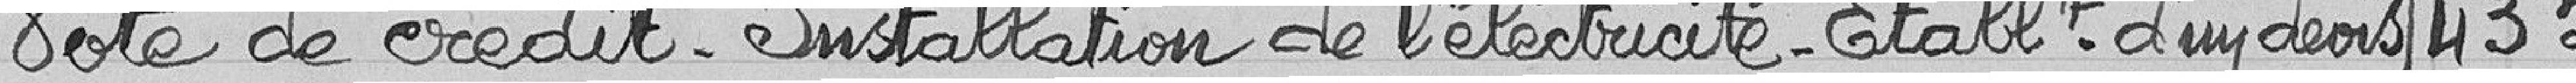
Vote de crédit - Installation de l'électricité - Etablissement d'un devis 435